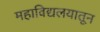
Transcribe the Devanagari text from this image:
महाविद्यलयातून